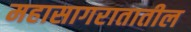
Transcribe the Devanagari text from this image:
महासागरातातील